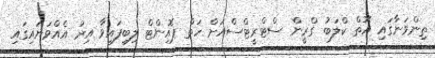
ތިންވަނާގައި އޮތް ކްލަބު ގްރީން ސްޓްރީޓްސްއަށް ހަތް ޕޮއިންޓް ލިބިފައިވާ އިރު އެއްވަނައިގައި